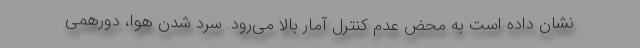
نشان داده است به محض عدم کنترل آمار بالا می‌رود. سرد شدن هوا، دورهمی